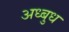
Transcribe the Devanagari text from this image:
अध्बुध